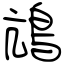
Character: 䲳